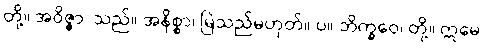
တို့။ အဝိဇ္ဇာ၊ သည်။ အနိစ္စာ၊ မြဲသည်မဟုတ်။ ပ။ ဘိက္ခဝေ၊ တို့။ ဣမေ၊